Annual report on the working of the lock hospitals in the North-Western Provinces and Oudh
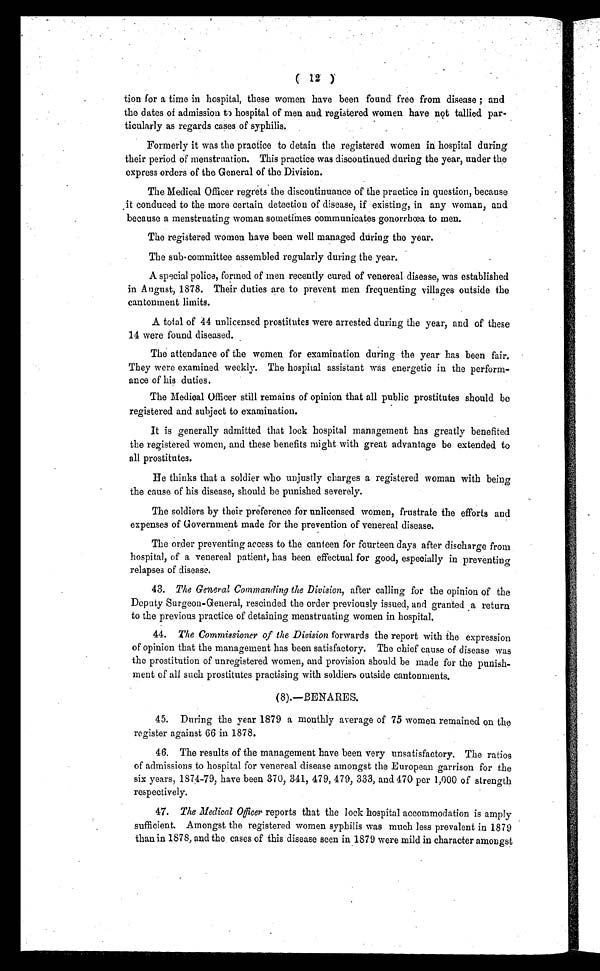
( 12 )
tion for a time in hospital, these women have been found free from disease ; and
the dates of admission to hospital of men and registered women have not tallied par-
ticularly as regards cases of syphilis.
Formerly it was the practice to detain the registered women in hospital during
their period of menstruation. This practice was discontinued during the year, under the
express orders of the General of the Division.
The Medical Officer regrets the discontinuance of the practice in question, because
it conduced to the more certain detection of disease, if existing, in any woman, and
because a menstruating woman sometimes communicates gonorrhœa to men.
The registered women have been well managed during the year.
The sub-committee assembled regularly during the year.
A special police, formed of men recently cured of venereal disease, was established
in August, 1878. Their duties are to prevent men frequenting villages outside the
cantonment limits.
A total of 44 unlicensed prostitutes were arrested during the year, and of these
14 were found diseased.
The attendance of the women for examination during the year has been fair.
They were examined weekly. The hospital assistant was energetic in the perform-
ance of his duties.
The Medical Officer still remains of opinion that all public prostitutes should be
registered and subject to examination.
It is generally admitted that lock hospital management has greatly benefited
the registered women, and these benefits might with great advantage be extended to
all prostitutes.
He thinks that a soldier who unjustly charges a registered woman with being
the cause of his disease, should be punished severely.
The soldiers by their preference for unlicensed women, frustrate the efforts and
expenses of Government made for the prevention of venereal disease.
The order preventing access to the canteen for fourteen days after discharge from
hospital, of a venereal patient, has been effectual for good, especially in preventing
relapses of disease.
43. The General Commanding the Division, after calling for the opinion of the
Deputy Surgeon-General, rescinded the order previously issued, and granted a return
to the previous practice of detaining menstruating women in hospital.
44. The Commissioner of the Division forwards the report with the expression
of opinion that the management has been satisfactory. The chief cause of disease was
the prostitution of unregistered women, and provision should be made for the punish-
ment of all such prostitutes practising with soldiers outside cantonments.
(8).—BENARES.
45. During the year 1879 a monthly average of 75 women remained on the
register against 66 in 1878.
46. The results of the management have been very unsatisfactory. The ratios
of admissions to hospital for venereal disease amongst the European garrison for the
six years, 1874-79, have been 370, 341, 479, 479, 333, and 470 per 1,000 of strength
respectively.
47. The Medical Officer reports that the lock hospital accommodation is amply
sufficient. Amongst the registered women syphilis was much less prevalent in 1879
than in 1878, and the cases of this disease seen in 1879 were mild in character amongst